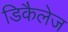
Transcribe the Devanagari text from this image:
डिकैलेज